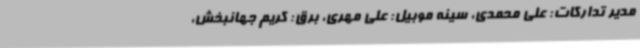
مدیر تدارکات: علی محمدی، سینه موبیل: علی مهری، برق: کریم جهانبخش،